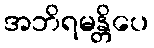
အဘိရမန္တိပေ